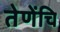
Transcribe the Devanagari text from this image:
तेणेंचि